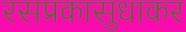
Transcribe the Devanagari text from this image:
रसप्रकासुधाकर